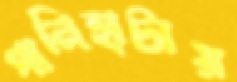
পানিহাটায়